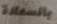
بالسعادة